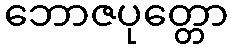
ဘောဇပုတ္တော